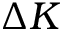
\Delta K